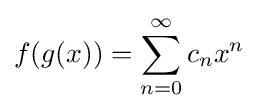
f(g(x))=\sum _{n=0}^{\infty }{c_{n}}x^{n}